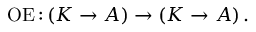
\operatorname { O E } { \mathrel { : } } \left( K \to A \right) \to \left( K \to A \right) .